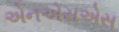
એનએસએસ